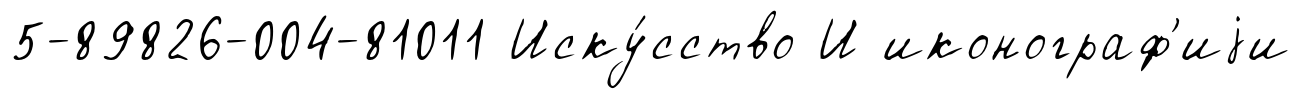
5-89826-004-81011 Иску́сство И иконограф'иjи